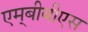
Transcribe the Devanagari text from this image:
एम्‌बीबीएस